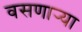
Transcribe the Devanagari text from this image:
वसणार्‍या